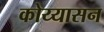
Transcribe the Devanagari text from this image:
कोय्यासन